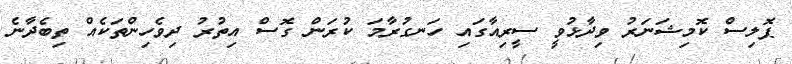
ޕޮލިސް ކޮމިޝަނަރު ވިދާޅުވީ ސީރިއާގައި ހަނގުރާމަ ކުރަން ގޮސް އިތުރު ދިވެހިންތަކެއް ތިބެދާނެ